画像に写った文字を読んでください
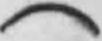
「(」と書いてあります